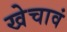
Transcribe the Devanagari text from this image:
खेचावं